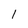
Character: 1